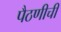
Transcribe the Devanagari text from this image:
पैठणीची